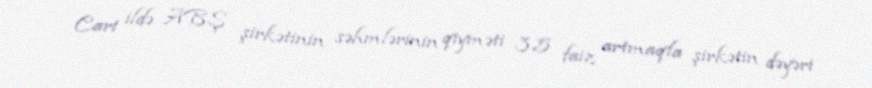
Cari ildə ABŞ şirkətinin səhmlərinin qiyməti 3,5 faiz artmaqla şirkətin dəyəri